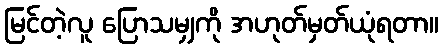
မြင်တဲ့လူ ပြောသမျှကို အဟုတ်မှတ်ယုံရတာ။